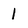
Character: l